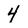
Character: 4